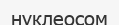
нуклеосом